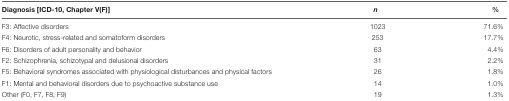
<table><thead><tr><td><b>Diagnosis [ICD-10, Chapter V(F)]</b></td><td><b><i>n</i></b></td><td><b>%</b></td></tr></thead><tbody><tr><td>F3: Affective disorders</td><td>1023</td><td>71.6%</td></tr><tr><td>F4: Neurotic, stress-related and somatoform disorders</td><td>253</td><td>17.7%</td></tr><tr><td>F6: Disorders of adult personality and behavior</td><td>63</td><td>4.4%</td></tr><tr><td>F2: Schizophrenia, schizotypal and delusional disorders</td><td>31</td><td>2.2%</td></tr><tr><td>F5: Behavioral syndromes associated with physiological disturbances and physical factors</td><td>26</td><td>1.8%</td></tr><tr><td>F1: Mental and behavioral disorders due to psychoactive substance use</td><td>14</td><td>1.0%</td></tr><tr><td>Other (F0, F7, F8, F9)</td><td>19</td><td>1.3%</td></tr></tbody></table>